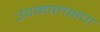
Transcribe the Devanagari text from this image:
उपमालक्षण